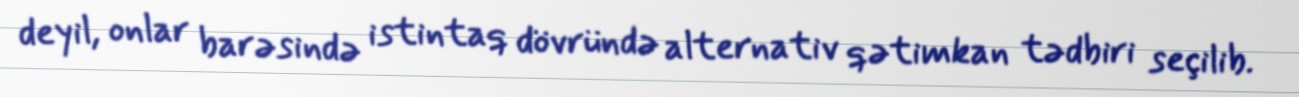
deyil, onlar barəsində istintaq dövründə alternativ qətimkan tədbiri seçilib.